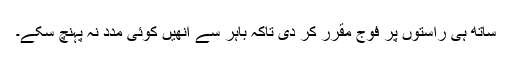
ساتھ ہی راستوں پر فوج مقرر کر دی تاکہ باہر سے انھیں کوئی مدد نہ پہنچ سکے۔